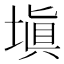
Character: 塡